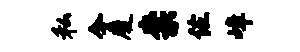
私今厦柰佐嶂